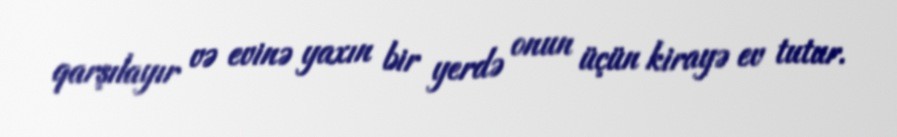
qarşılayır və evinə yaxın bir yerdə onun üçün kirayə ev tutur.